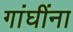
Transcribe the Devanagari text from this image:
गांघींना